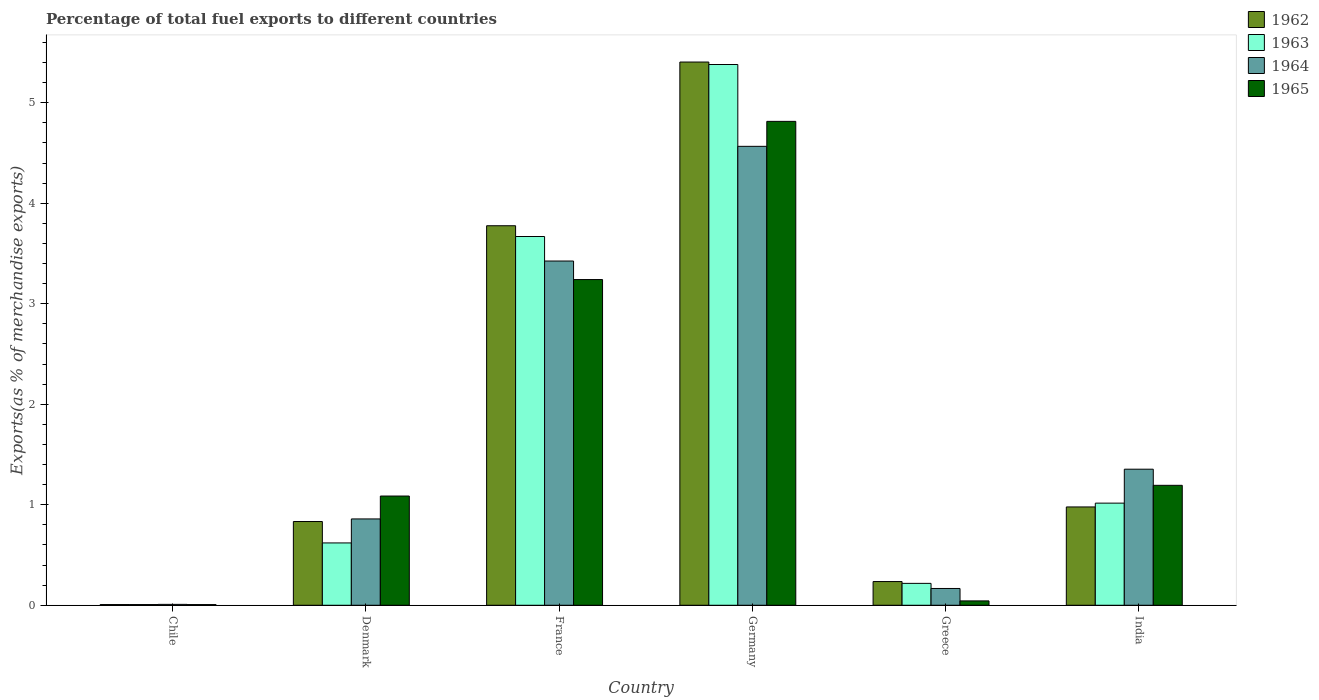
| Country | 1962 | 1963 | 1964 | 1965 |
 | --- | --- | --- | --- | --- |
 | Chile | 0.00701 | 0.00708 | 0.00893 | 0.00676 |
 | Denmark | 0.833 | 0.62 | 0.859 | 1.09 |
 | France | 3.78 | 3.67 | 3.43 | 3.24 |
 | Germany | 5.4 | 5.38 | 4.57 | 4.81 |
 | Greece | 0.236 | 0.218 | 0.167 | 0.0434 |
 | India | 0.978 | 1.02 | 1.35 | 1.19 |